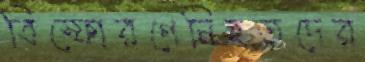
বিস্ফোরণেনিহতদের